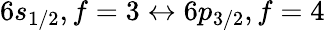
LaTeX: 6s_{1/2},f=3\leftrightarrow 6p_{3/2},f=4